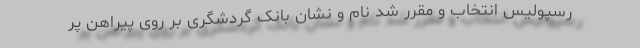
رسپولیس انتخاب و مقرر شد نام و نشان بانک گردشگری بر روی پیراهن پر